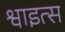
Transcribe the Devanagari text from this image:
श्वाइत्स